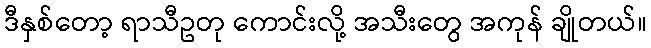
ဒီနှစ်တော့ ရာသီဥတု ကောင်းလို့ အသီးတွေ အကုန် ချိုတယ်။